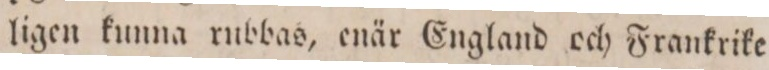
ligen kunna rubbas, enär England och Frankrike